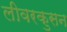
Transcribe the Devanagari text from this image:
लीवरकुसन